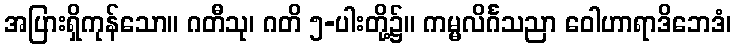
အပြားရှိကုန်သော။ ဂတီသု၊ ဂတိ ၅-ပါးတို့၌။ ကမ္မလိင်္ဂသညာ ဝေါဟာရာဒိဘေဒံ၊